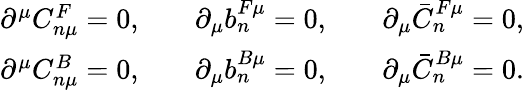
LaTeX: \begin{array}{ccc}{{\partial^{\mu}C_{n\mu}^{F}=0,}}&{{\quad\partial_{\mu}b_{n}^{F\mu}=0,}}&{{\quad\partial_{\mu}\bar{C}_{n}^{F\mu}=0,}}\\ {{\partial^{\mu}C_{n\mu}^{B}=0,}}&{{\quad\partial_{\mu}b_{n}^{B\mu}=0,}}&{{\quad\partial_{\mu}\bar{C}_{n}^{B\mu}=0.}}\end{array}